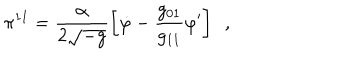
\pi ^ { 1 1 } = \frac { \alpha } { 2 \sqrt { - g } } \left[ \dot { \varphi } - \frac { g _ { 0 1 } } { g _ { 1 1 } } \varphi ^ { \prime } \right] \, \, \, ,